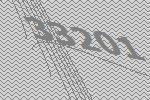
33201